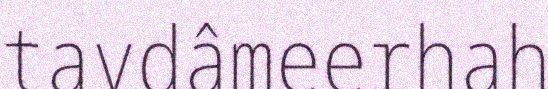
tavdâmeerhah